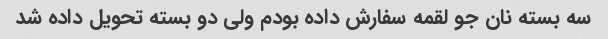
سه بسته نان جو لقمه سفارش داده بودم ولی دو بسته تحویل داده شد